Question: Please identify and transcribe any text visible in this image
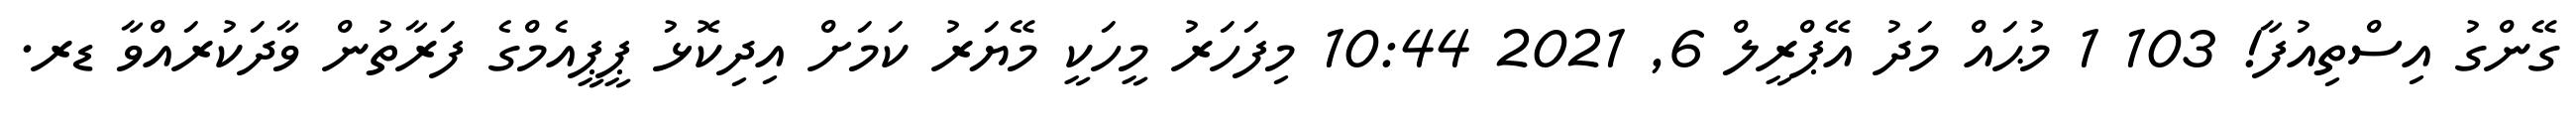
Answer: ގޭންގު އިސްތިއުފާ! 103 1 މުޙައް މަދު އޭޕްރީލް 6, 2021 10:44 މިފަހަރު މީހަކީ މޭޔަރު ކަމަށް އިދިކޮޅު ޕީޕީއެމްގެ ފަރާތުން ވާދަކުރައްވާ ޑރ.